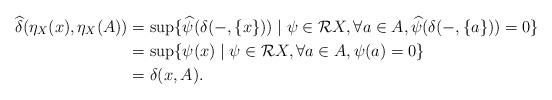
LaTeX: \begin{align*}\widehat{\delta}(\eta_X(x), \eta_X(A))&= \sup\{\widehat{\psi}(\delta(-,\{x\}))\mid \psi\in \mathcal{R}X, \forall a\in A, \widehat{\psi}(\delta(-,\{a\}))=0\} \\ &= \sup\{\psi(x)\mid \psi\in \mathcal{R}X, \forall a\in A, \psi(a)=0\}\\ &=\delta(x,A).\end{align*}